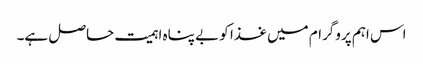
اس اہم پروگرام میں غذا کو بے پناہ اہمیت حاصل ہے۔